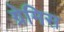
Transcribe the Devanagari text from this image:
ग्रेमिस